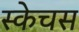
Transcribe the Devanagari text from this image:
स्केचस